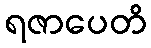
ရဇာပေတိ